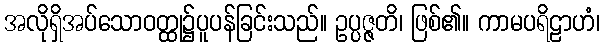
အလိုရှိအပ်သောဝတ္ထု၌ပူပန်ခြင်းသည်။ ဥပ္ပဇ္ဇတိ၊ ဖြစ်၏။ ကာမပရိဠာဟံ၊